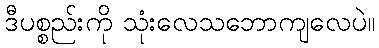
ဒီပစ္စည်းကို သုံးလေသဘောကျလေပဲ။